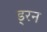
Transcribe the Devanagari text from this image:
ड्रन